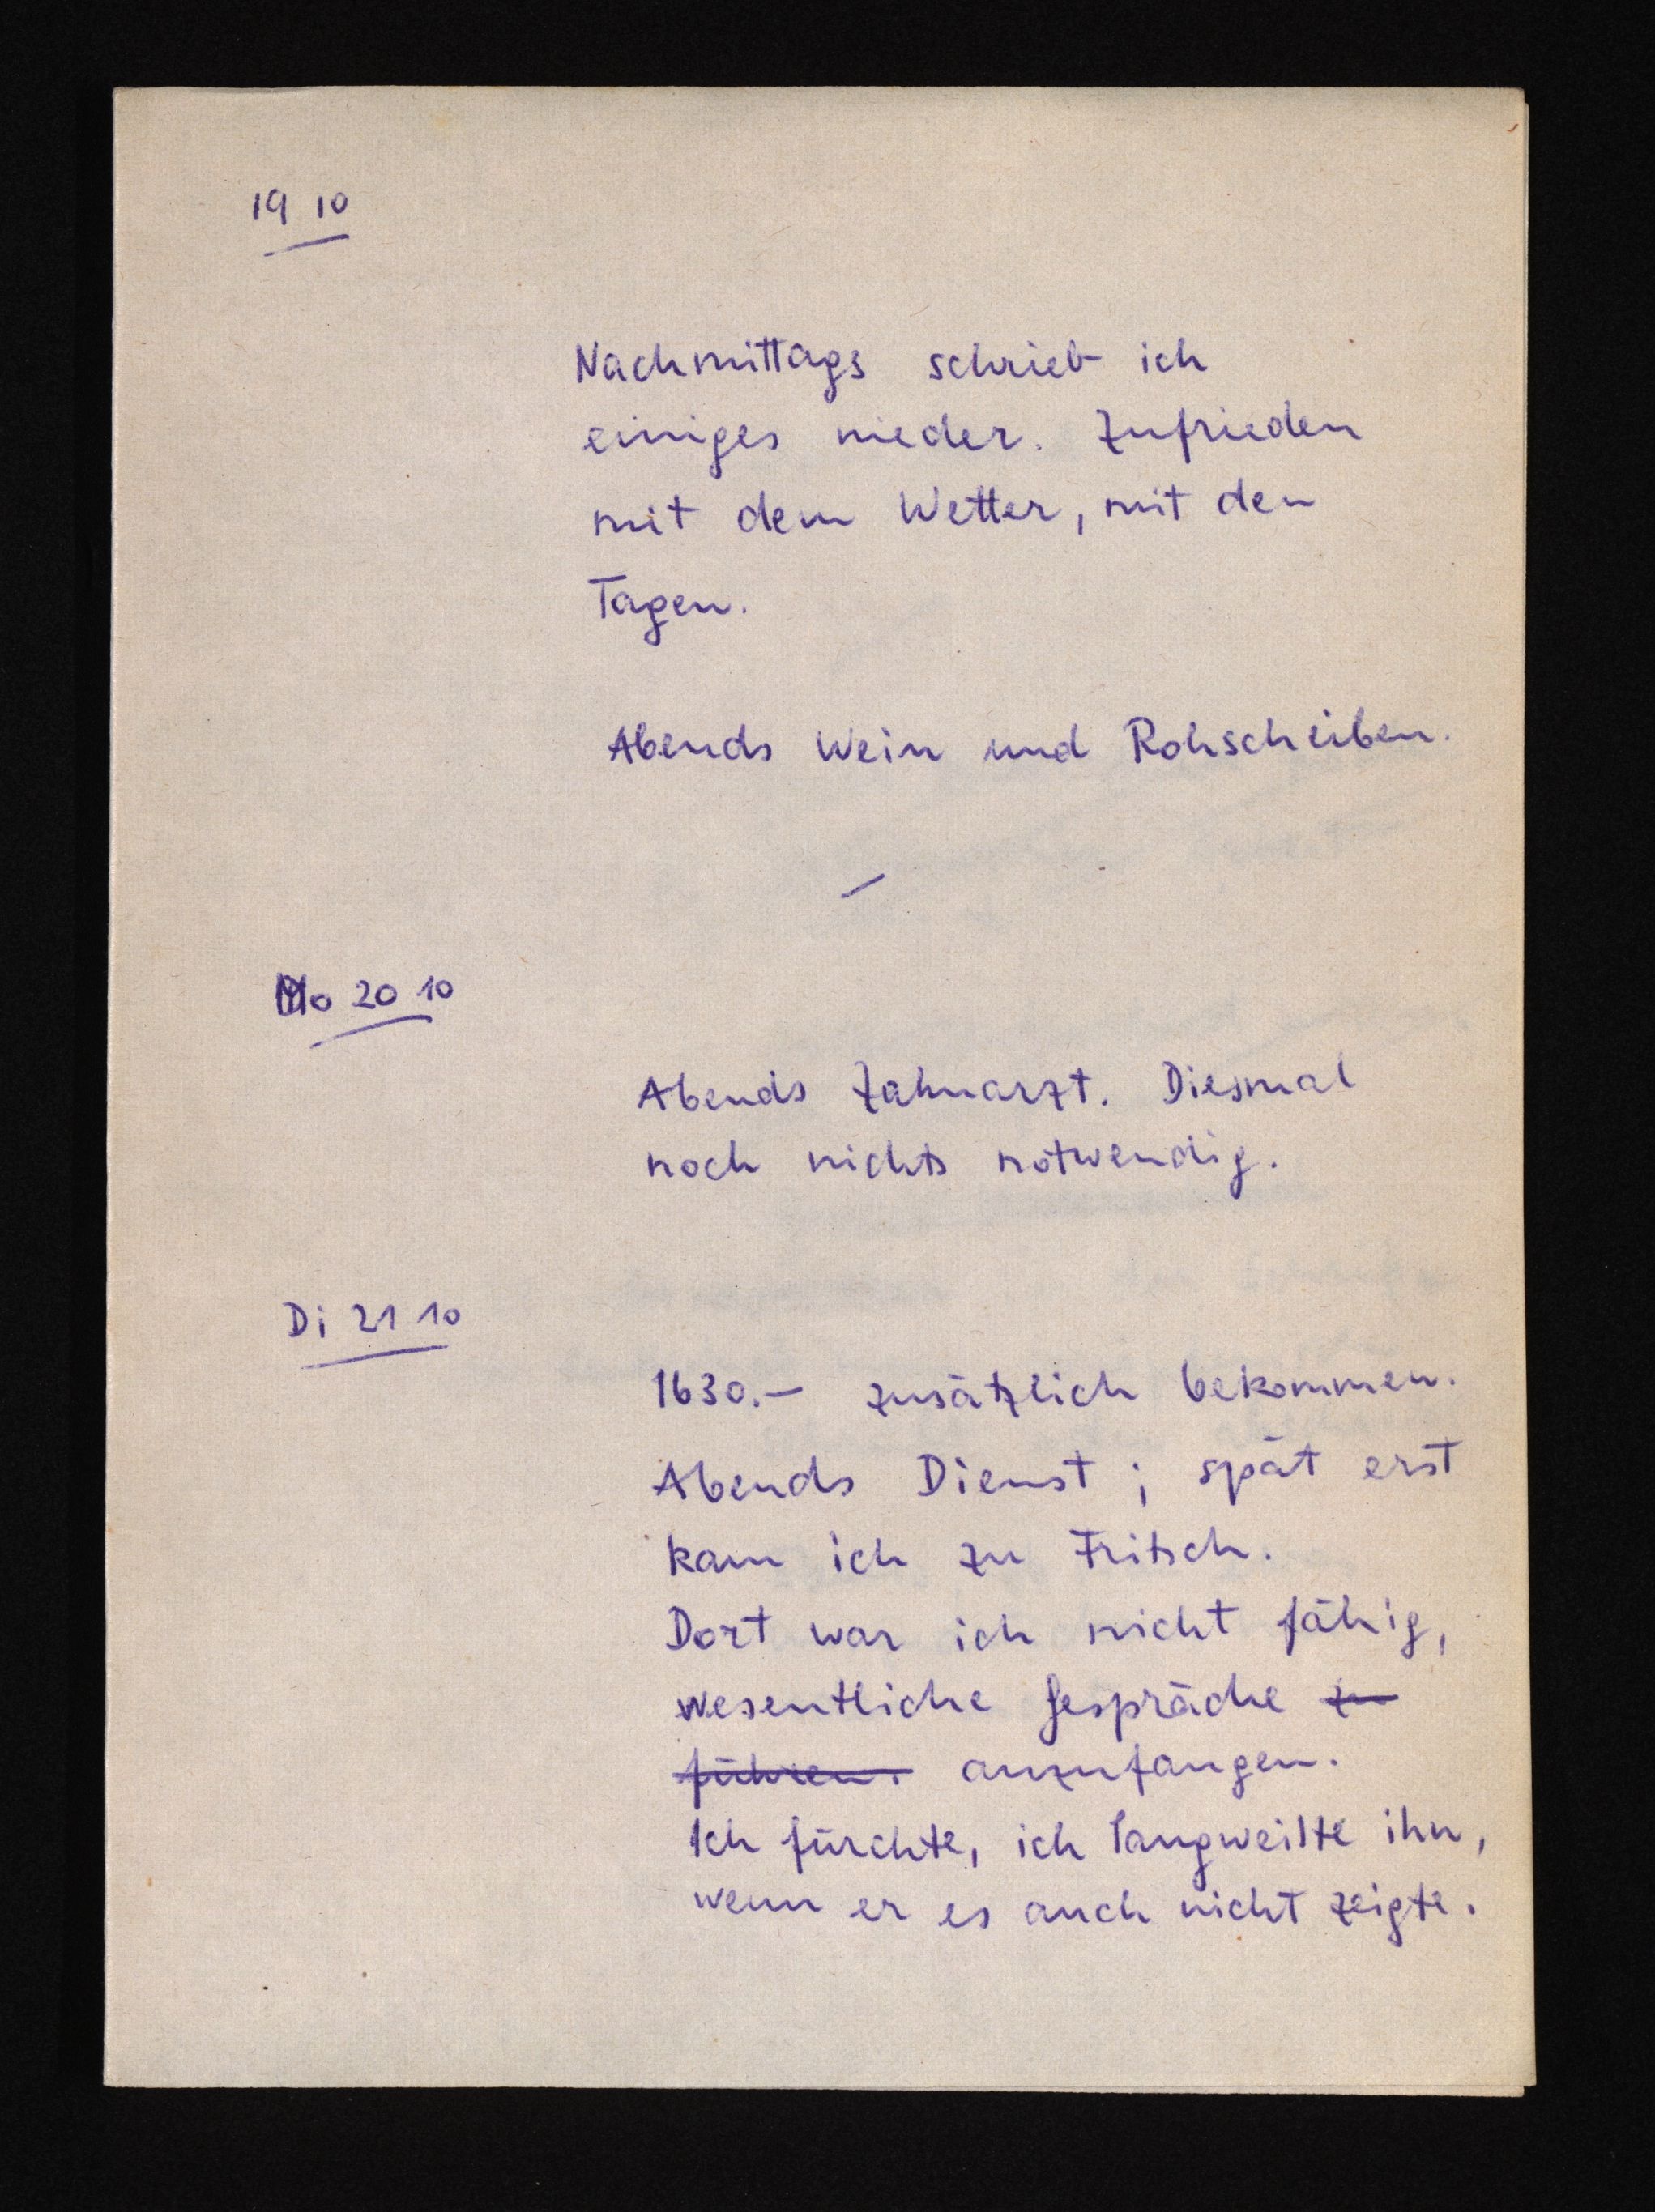
19 10
Nachmittags schrieb ich
einiges nieder. Zufrieden
mit dem Wetter, mit den
Tagen.
Abends Wein und Rohscheiben.
DMo 20 10
Abends Zahnarzt. Diesmal
noch nichts notwendig.
Di 21 10
1630.- zusätzlich bekommen.
Abends Dienst; spät erst
kam ich zu Fritsch.
Dort war ich nicht fähig,
wesentliche Gespräche zu
führen anzufangen.
Ich fürchte, ich langweilte ihn,
wenn er es auch nicht zeigte.